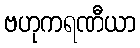
ဗဟုကရဏီယာ